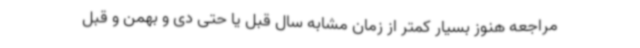
مراجعه هنوز بسیار کمتر از زمان مشابه سال قبل یا حتی دی و بهمن و قبل